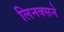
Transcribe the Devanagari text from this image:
लिनक्सने